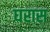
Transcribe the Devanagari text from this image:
घरास